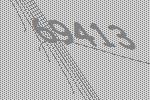
69413